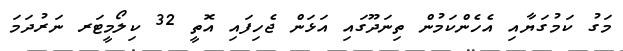
މަގު ކަމުގަޔާއި އެހެންކަމުން ތިނަދޫގައި އަޅަން ޖެހިފައި އޮތީ 32 ކިލޯމީޓަރ ނަރުދަމަ